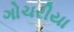
ગોચરીયા